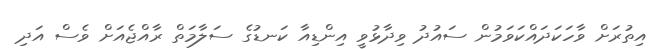
އިތުރަށް ވާހަކަދައްކަވަމުން ސައުދު ވިދާޅުވީ އިންޑިއާ ކަނޑުގެ ސަލާމަތް ރާއްޖެއަށް ވެސް އަދި